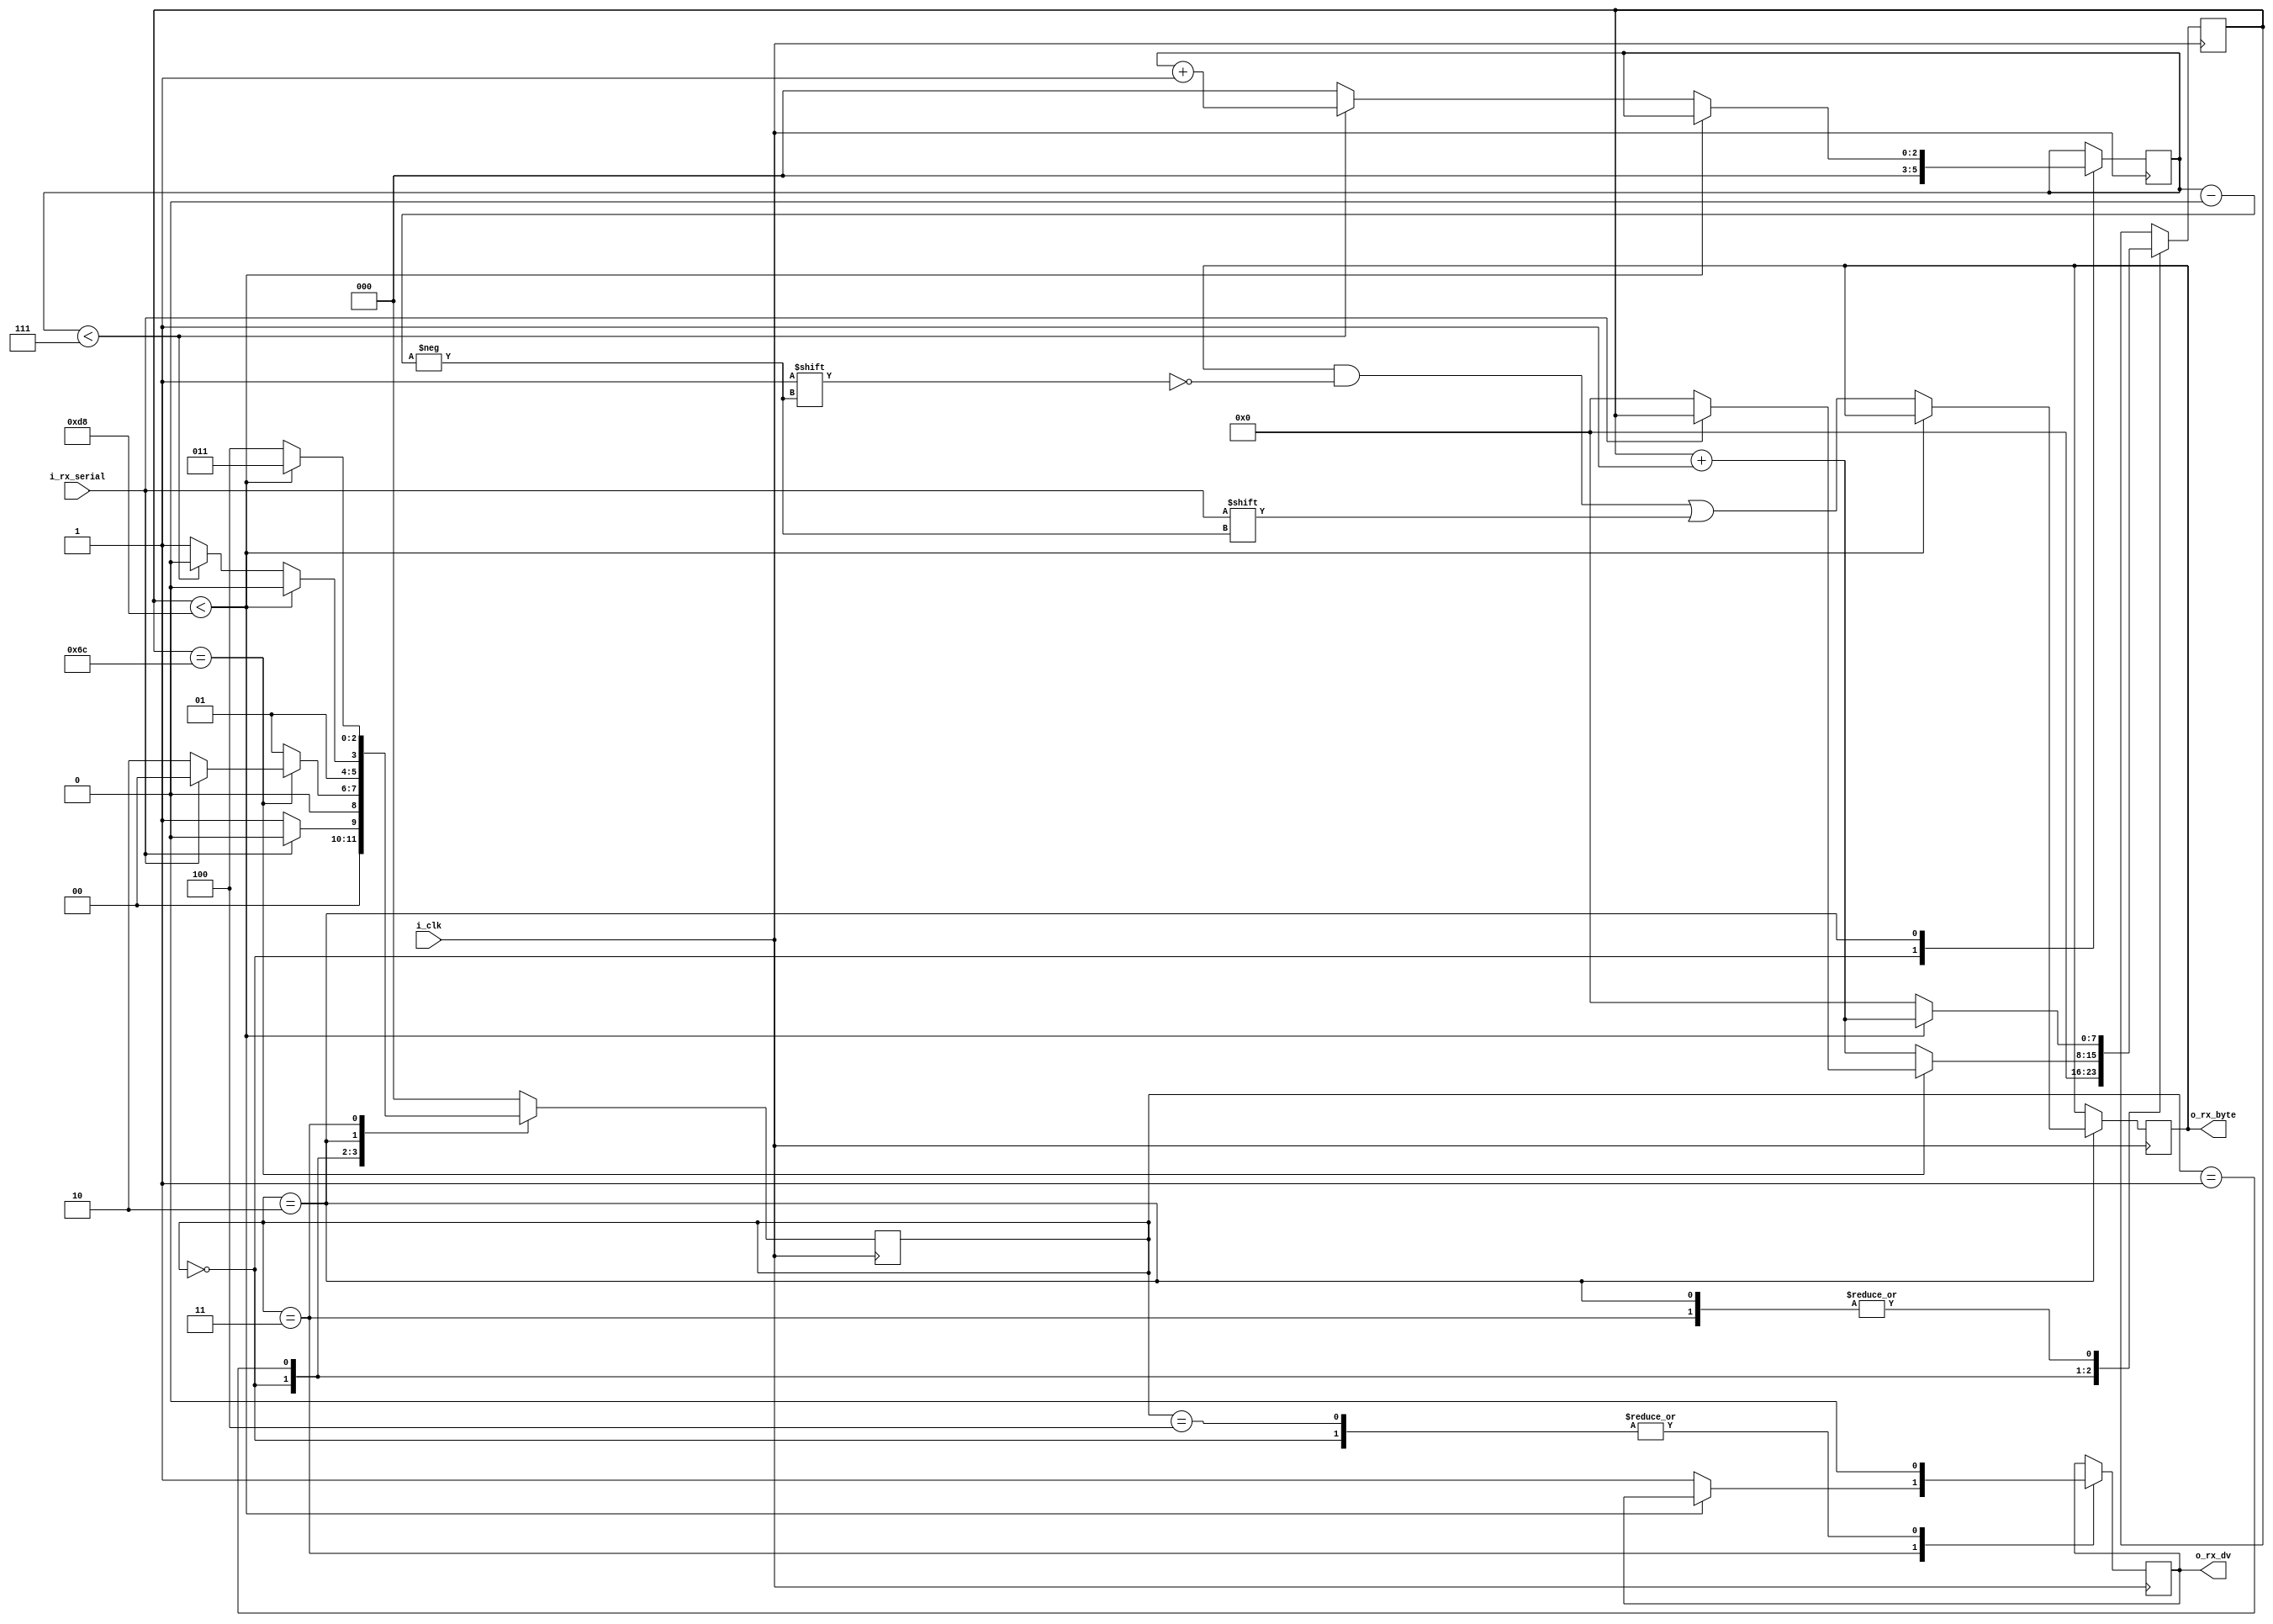
/*Nandland Project 7: UART (Universal Asynchronous Receiver Transmitter)
- USB connector provides power, program, and communication via FTDI chip
serial communication via terminal emulator
- UART referred to Serial port, RS-232 interface, COM port
other methods: PCI, PCI-express, USB
UART is the easiest and best to learn w/
UART serial data stream triggers after falling edge of start bit

UART config parameter:
Baud rate            (9600, 19200, 115200, others)
number of data bits  (7, 8)
parity bit           (On, Off)
Stop bits            (0,1,2)
flow control         (none, on hardware)

baud rate = rate which serial data is transmitted
no. of data bits almost always set to 8

UART SERIAL DATA STREAM
Start: looking for falling edge of start bit
sample middle of every bit [7:0] until stop bit is received

project specs:
Baud rate:       115200
no. data bits:   8
parity bit:      off
stop bits:       1
flow control     None

Utilize a state machine to keep track of data being received. 
Center of the bit should be sampled.
When all 8 data bits are received, stop bit needs to be sent.
use center of a bit because it's less likely to see transitions. */

module UART_RX #(
    // clks per bit = Freq of i_clk / baud rate
    //              = 25 MHz / 115200
    //              = 217
    // goes in the top for mapping diff possible testbench clks_per_bit
    // - CLKS_PER_BIT-1 will always be referenced  because of pure 0 bits. 
    // same way 111 max is 7, but total will be 8 because of the zeroes??
    parameter CLKS_PER_BIT = 217    
) (
    input         i_clk,
    input         i_rx_serial,  // Serial Data stream
    output        o_rx_dv,      // DV = Data Valid
    output  [7:0] o_rx_byte     // 1 byte = 8 bits
);

    // global variable bits for state requirements
    // 5 possible states => 3 bits
    parameter IDLE         = 3'b000;
    parameter RX_START_BIT = 3'b001;
    parameter RX_DATA_BITS = 3'b010;
    parameter RX_STOP_BIT  = 3'b011;
    parameter CLEANUP      = 3'b100;

    reg [2:0] r_state     = 0;  // SM = State machine: 3 bits for the parameter states, initialize to IDLE
    reg [7:0] r_clk_count = 0;  // 2^8 = 256; CLKS_PER_BIT req is 217, our counter
    reg [2:0] r_bit_index = 0;  // 2^3 = 8; there's total 8 indexes in the byte

    reg       r_rx_dv   = 0;    // Data Valid
    reg [7:0] r_rx_byte = 0;    // both needs to be put in registers before going in outputs

    always @(posedge i_clk) begin

        // works like switch-case blocks; case doesn't need begin, but needs endcase
        case (r_state)
            IDLE: begin                     // IDLE case -> send start bit
                r_rx_dv         <= 1'b0;
                r_clk_count     <= 0;       // reset counter and index in cases where SM is not idle
                r_bit_index     <= 0;       // index of received byte

                if (i_rx_serial == 1'b0)    // start bit received
                    r_state <= RX_START_BIT;
                else 
                    r_state <= IDLE;      // doesn't work like a while loop, must assign again next clk posedge
                    // no increment needed to r_clk_count while IDLE
            end

            RX_START_BIT: begin             // check middle of start bit, not starting to sample yet
                if (r_clk_count == (CLKS_PER_BIT-1)/2) begin  // (CLKS_PER_BIT-1)/2 = middle of a bit. baud rate and freq depedent 
                    if (i_rx_serial == 1'b0) begin
                        r_state       <= RX_DATA_BITS;    // next state: start receiving
                        r_clk_count   <= 0;               // reset clock counter, but we're still situated in the middle
                    end else
                        r_state <= IDLE;                  // false alarm, go back to idle
                end else begin
                    r_clk_count   <= r_clk_count + 1;   // increment counter until middle is found while in RX_START_BIT state
                    r_state       <= RX_START_BIT;        // prog will always go through the else condition b4 getting the middle
                end
            end

            RX_DATA_BITS: begin             // RX_START_BIT confirmed, must wait after CLKS_PER_BIT-1 before sampling
                if (r_clk_count < CLKS_PER_BIT-1) begin   // we're still in middle after RX_START_BIT
                    r_state       <= RX_DATA_BITS;
                    r_clk_count   <= r_clk_count + 1;
                end else begin              // wait over, reset clk, now sample received serial
                    r_rx_byte[r_bit_index]  <= i_rx_serial; // bit is sampled
                    r_clk_count   <= 0;

                    /* must continue to sample the rest of the bits
                    r_bit_index must be incremented next posedge to sample in that location
                    while in RX_DATA_BITS state */
                    if (r_bit_index < 7) begin
                        r_bit_index <= r_bit_index + 1;
                        r_state   <= RX_DATA_BITS;
                    end else begin          // all bits sampled, must go to next state, no going to IDLE
                        r_bit_index <= 0;   // reset position
                        r_state   <= RX_STOP_BIT;
                    end
                end
            end

            RX_STOP_BIT: begin
                if (r_clk_count < CLKS_PER_BIT-1) begin
                    r_state       <= RX_STOP_BIT;
                    r_clk_count   <= r_clk_count+1;
                end else begin
                    r_rx_dv         <= 1'b1;
                    r_clk_count   <= 0;
                    r_state       <= CLEANUP;
                end
            end

            CLEANUP: begin
                r_state   <= IDLE;
                r_rx_dv   <= 1'b0;
            end

            default: 
                r_state <= IDLE;  // should always have a default state because of loop

        endcase
    end

    assign o_rx_dv      = r_rx_dv;
    assign o_rx_byte    = r_rx_byte;

endmodule